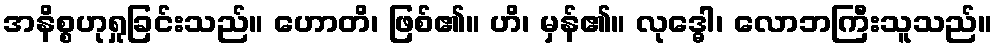
အနိစ္စဟုရှုခြင်းသည်။ ဟောတိ၊ ဖြစ်၏။ ဟိ၊ မှန်၏။ လုဒ္ဓေါ၊ လောဘကြီးသူသည်။